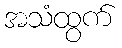
အသံထွက်